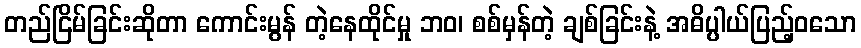
တည်ငြိမ်ခြင်းဆိုတာ ကောင်းမွန် တဲ့နေထိုင်မှု ဘဝ၊ စစ်မှန်တဲ့ ချစ်ခြင်းနဲ့ အဓိပ္ပါယ်ပြည့်ဝသော